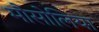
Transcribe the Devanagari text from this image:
मौसोलिया